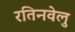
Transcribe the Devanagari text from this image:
रतिनवेलु